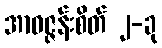
အာဝဇ္ဇန်းစိတ် ၂-ခု